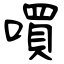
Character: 嘪